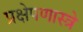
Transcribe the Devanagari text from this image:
प्रक्षेपणास्त्रे